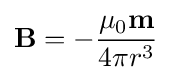
\mathbf {B} =-{\frac {\mu _{0}\mathbf {m} }{4\pi r^{3}}}